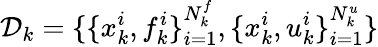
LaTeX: \mathcal{D}_{k}=\{ \{ x_{k}^{i},f_{k}^{i}\} _{i=1}^{N_{k}^{f}},\{ x_{k}^{i},u_{k}^{i}\} _{i=1}^{N_{k}^{u}}\}